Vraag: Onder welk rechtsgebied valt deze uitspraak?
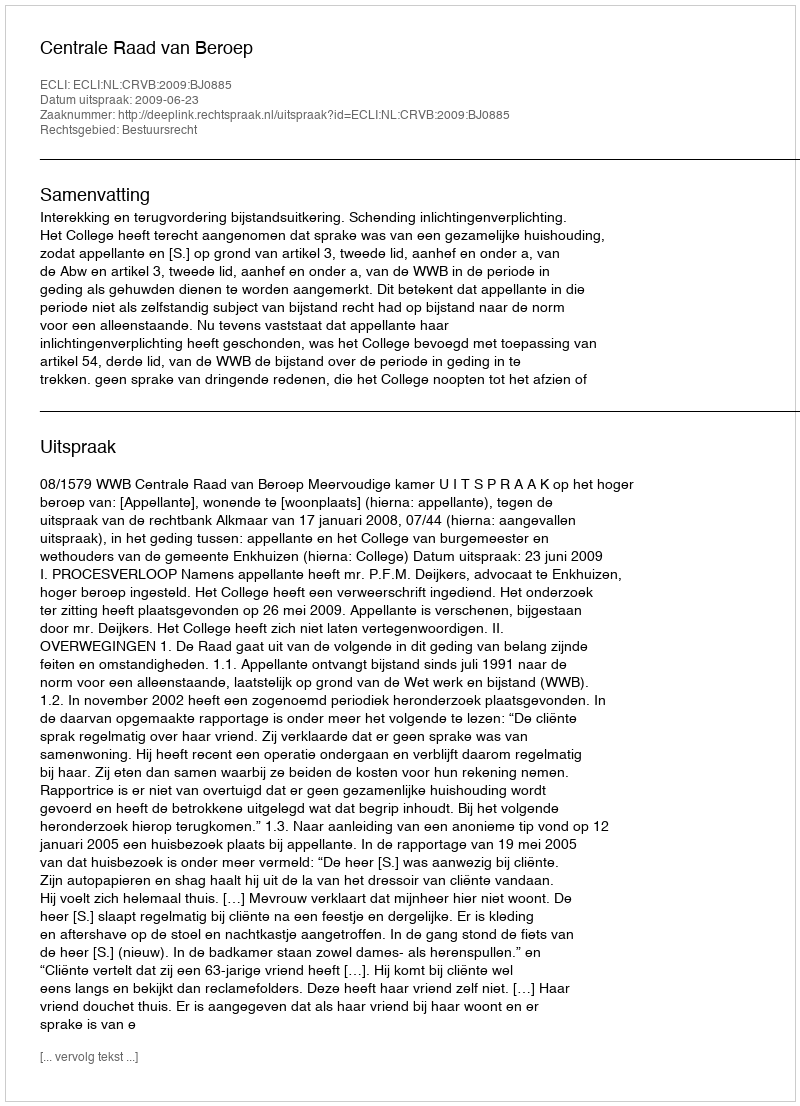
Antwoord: Bestuursrecht